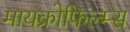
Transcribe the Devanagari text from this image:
मायक्रोफिल्म्स